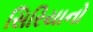
સિરિયાનો